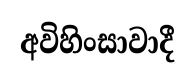
අවිහිංසාවාදී